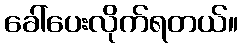
ခေါ်ပေးလိုက်ရတယ်။